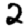
Digit: 2